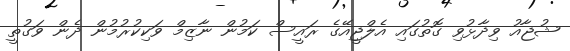
ޝުޖާއު ވިދާޅުވި ގޮތުގައި އެލްޖީއޭގެ ރައީސް ކަމުން ނާޒިމް ވަކިކުރުމުން ދެން ވަގުތީ